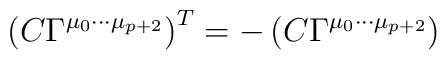
\left(C\Gamma^{\mu_0\cdots\mu_{p+2}}\right)^T = -\left(C\Gamma^{\mu_0\cdots\mu_{p+2}}\right)